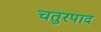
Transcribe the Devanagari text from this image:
चतुरपाद